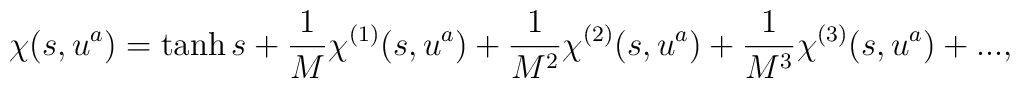
\chi(s, u^a) = \tanh s + \frac{1}{M} \chi^{(1)}(s,u^a) +\frac{1}{M^2} \chi^{(2)}(s,u^a)   + \frac{1}{M^3}  \chi^{(3)}(s,u^a) + ... ,